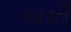
બકી